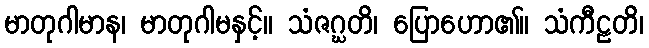
မာတုဂါမာန၊ မာတုဂါမနှင့်။ သံဇဂ္ဃတိ၊ ပြောဟော၏။ သံကီဠတိ၊